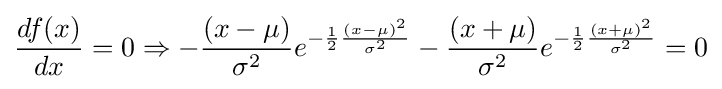
{\frac {df(x)}{dx}}=0\Rightarrow -{\frac {\left(x-\mu \right)}{\sigma ^{2}}}e^{-{\frac {1}{2}}{\frac {\left(x-\mu \right)^{2}}{\sigma ^{2}}}}-{\frac {\left(x+\mu \right)}{\sigma ^{2}}}e^{-{\frac {1}{2}}{\frac {\left(x+\mu \right)^{2}}{\sigma ^{2}}}}=0